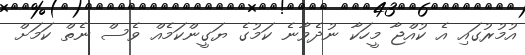
އުމުރުގައި އެ ކުއްޖާ މީހަކާ ނުދެވާނެ ކަމުގެ ޔަގީންކަމެއް ވެސް ނެތް ކަމަށް